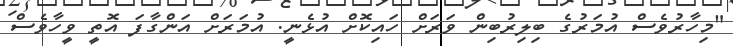
"މިހާރުވެސް އުމަރުގެ ބިލިރުބިން ވަރަށް ހައިކޮށް އުޅެނީ. އުމަރަށް އަންގާފަ އޮތީ ވީހާވެސް